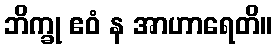
ဘိက္ခု ဧဝံ န အာဟာရေတိ။